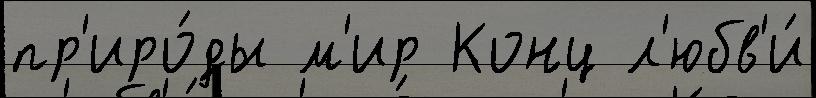
пр'иро́ды м'ир Конц л'юбв'и́